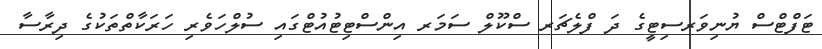
ޓަފްޓްސް ޔުނިވަރސިޓީގެ ދަ ފްލެޗަރ ސްކޫލް ސަމަރ އިންސްޓިޓުއުޓްގައި ސުލްހަވެރި ހަރަކާތްތަކުގެ ދިރާސާ